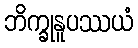
ဘိက္ခုနူပဿယံ